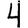
Digit: 4